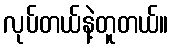
လုပ်တယ်နဲ့တူတယ်။